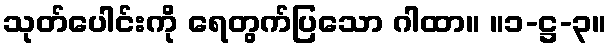
သုတ်ပေါင်းကို ရေတွက်ပြသော ဂါထာ။ ။၁-ဋ္ဌ-၃။